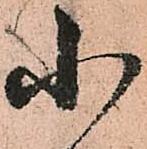
小